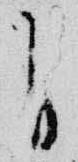
自